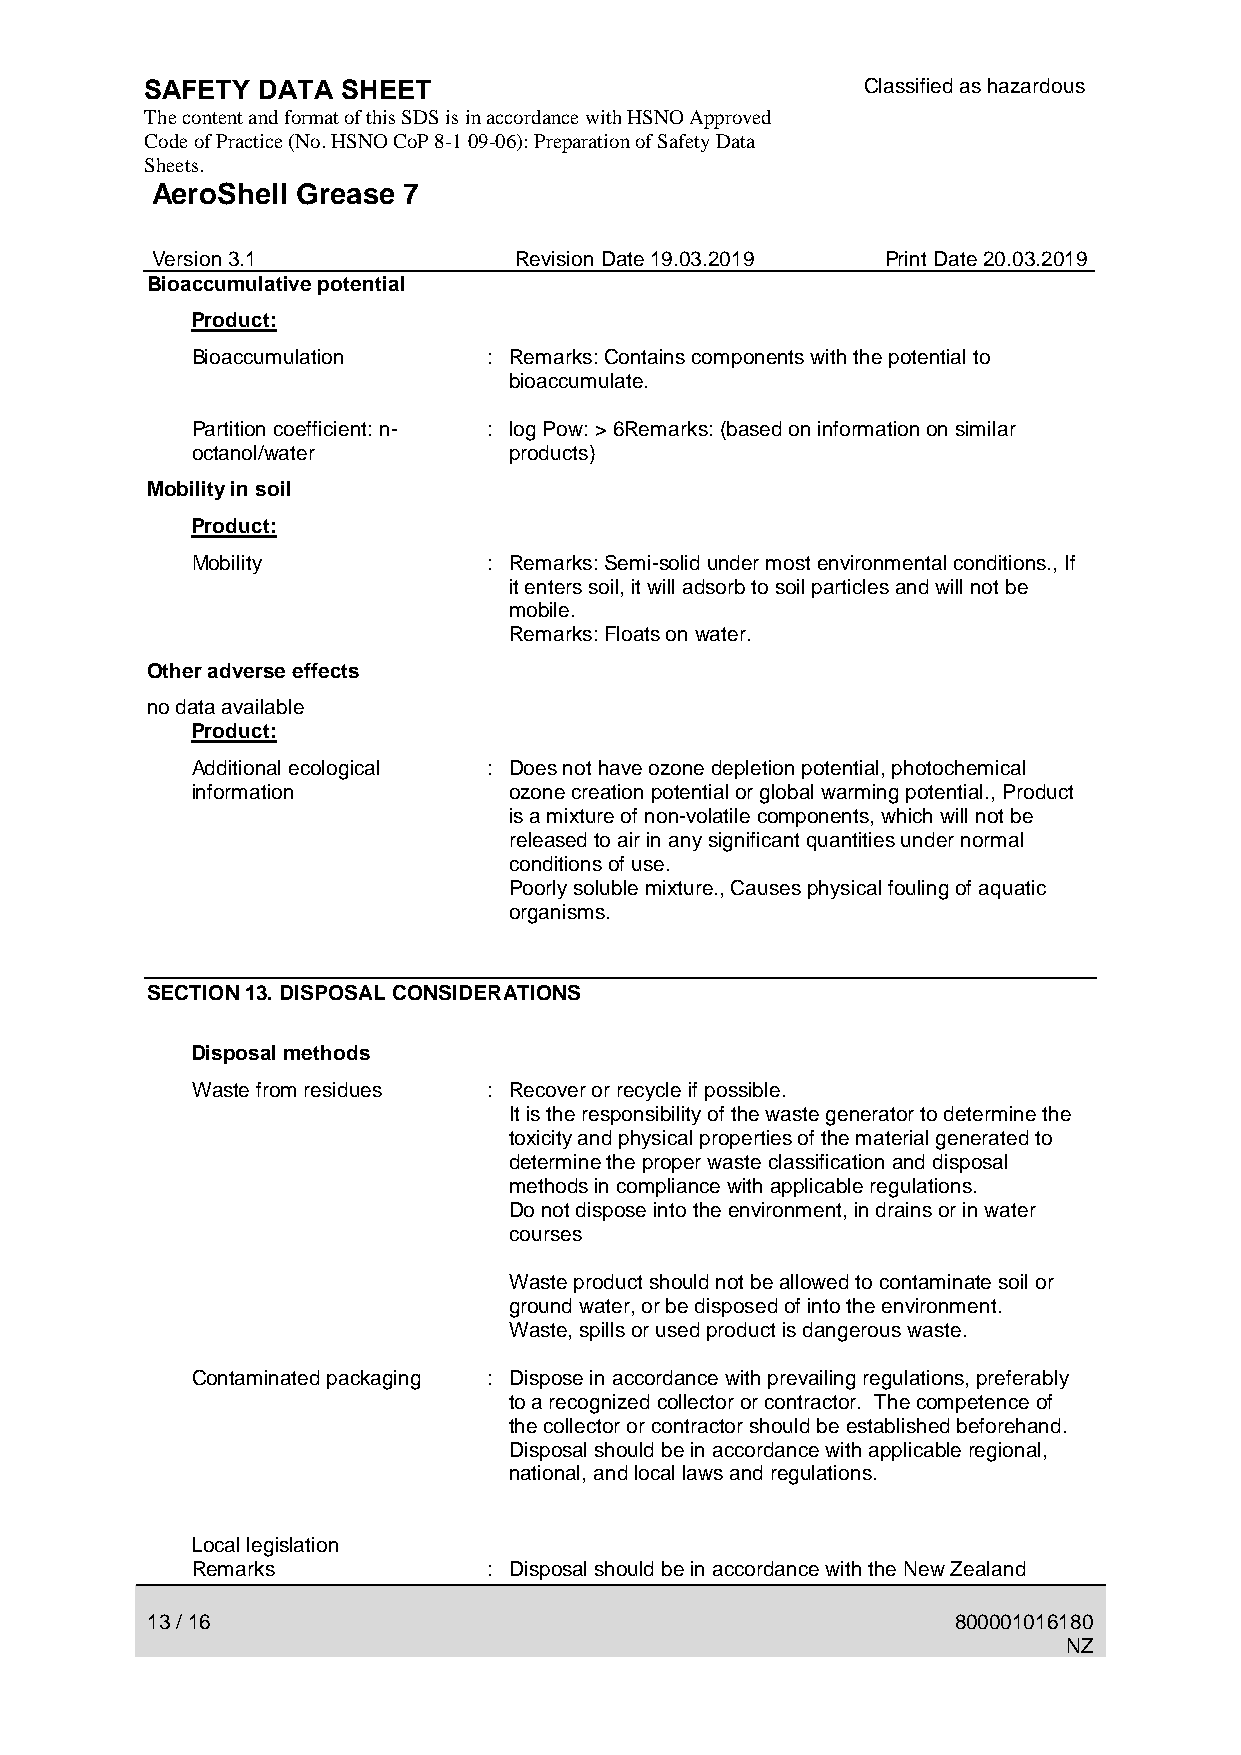
SAFETY DATA  SHEET                             Classified as hazardous
 The content and format of this SDS is in accordance with HSNO Approved
 Code of Practice (No. HSNO CoP 8-1 09-06): Preparation of Safety Data
 Sheets.
 AeroShell Grease 7
 Version 3.1             Revision Date 19.03.2019 Print Date 20.03.2019
 Bioaccumulative potential
 Product:
 Bioaccumulation    : Remarks: Contains components with the potential to
 bioaccumulate.
 Partition coefficient: n- : log Pow: > 6Remarks: (based on information on similar
 octanol/water        products)
 Mobility in soil
 Product:
 Mobility           : Remarks: Semi-solid under most environmental conditions., If
 it enters soil, it will adsorb to soil particles and will not be
 mobile.
 Remarks: Floats on water.
 Other adverse effects
 no data available
 Product:
 Additional ecological : Does not have ozone depletion potential, photochemical
 information          ozone creation potential or global warming potential., Product
 is a mixture of non-volatile components, which will not be
 released to air in any significant quantities under normal
 conditions of use.
 Poorly soluble mixture., Causes physical fouling of aquatic
 organisms.
 SECTION 13. DISPOSAL CONSIDERATIONS
 Disposal methods
 Waste from residues : Recover or recycle if possible.
 It is the responsibility of the waste generator to determine the
 toxicity and physical properties of the material generated to
 determine the proper waste classification and disposal
 methods in compliance with applicable regulations.
 Do not dispose into the environment, in drains or in water
 courses
 Waste product should not be allowed to contaminate soil or
 ground water, or be disposed of into the environment.
 Waste, spills or used product is dangerous waste.
 Contaminated packaging : Dispose in accordance with prevailing regulations, preferably
 to a recognized collector or contractor. The competence of
 the collector or contractor should be established beforehand.
 Disposal should be in accordance with applicable regional,
 national, and local laws and regulations.
 Local legislation
 Remarks            : Disposal should be in accordance with the New Zealand
 13 / 16                                              800001016180
 NZ